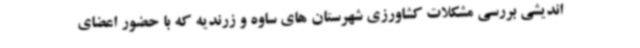
اندیشی بررسی مشکلات کشاورزی شهرستان های ساوه و زرندیه که با حضور اعضای